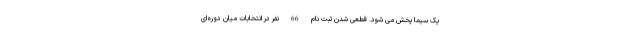
یک سیما پخش می شود. قطعی شدن ثبت نام 66 نفر در انتخابات میان دوره‌ای